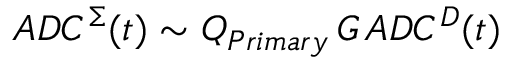
A D C ^ { \Sigma } ( t ) \sim Q _ { P r i m a r y } \, G \, A D C ^ { D } ( t )